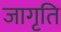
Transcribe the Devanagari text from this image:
जागृति